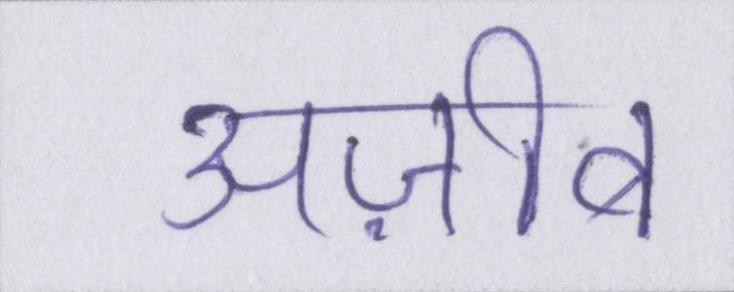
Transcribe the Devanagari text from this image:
अज़ीब